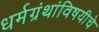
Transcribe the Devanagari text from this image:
धर्मग्रंथांविषयीचे